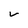
Character: V